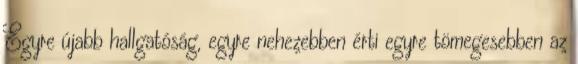
Egyre újabb hallgatóság, egyre nehezebben érti egyre tömegesebben az